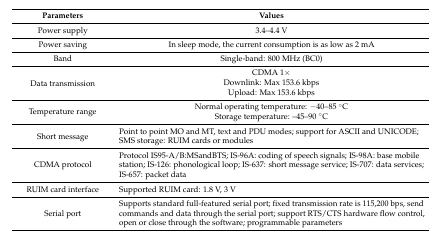
<table><thead><tr><td><b>Parameters</b></td><td><b>Values</b></td></tr></thead><tbody><tr><td>Power supply</td><td>3.4–4.4 V</td></tr><tr><td>Power saving</td><td>In sleep mode, the current consumption is as low as 2 mA</td></tr><tr><td>Band</td><td>Single-band: 800 MHz (BC0)</td></tr><tr><td rowspan="3">Data transmission</td><td>CDMA 1×</td></tr><tr><td>Downlink: Max 153.6 kbps</td></tr><tr><td>Upload: Max 153.6 kbps</td></tr><tr><td rowspan="2">Temperature range</td><td>Normal operating temperature: −40–85 °C</td></tr><tr><td>Storage temperature: –45–90 °C</td></tr><tr><td>Short message</td><td>Point to point MO and MT, text and PDU modes; support for ASCII and UNICODE; SMS storage: RUIM cards or modules</td></tr><tr><td>CDMA protocol</td><td>Protocol IS95-A/B:MSandBTS; IS-96A: coding of speech signals; IS-98A: base mobile station; IS-126: phonological loop; IS-637: short message service; IS-707: data services; IS-657: packet data</td></tr><tr><td>RUIM card interface</td><td>Supported RUIM card: 1.8 V, 3 V</td></tr><tr><td>Serial port</td><td>Supports standard full-featured serial port; fixed transmission rate is 115,200 bps, send commands and data through the serial port; support RTS/CTS hardware flow control, open or close through the software; programmable parameters</td></tr></tbody></table>